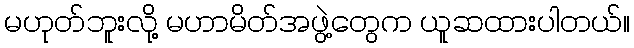
မဟုတ်ဘူးလို့ မဟာမိတ်အဖွဲ့တွေက ယူဆထားပါတယ်။